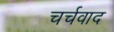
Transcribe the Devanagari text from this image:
चर्चवाद